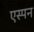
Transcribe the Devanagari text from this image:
एस्पन